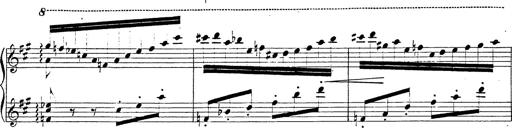
Title: Chanson bohÃ©mienne
Composer: Franz Liszt